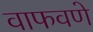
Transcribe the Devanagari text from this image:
वाफवणे